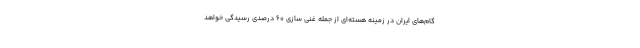
گام‌های ایران در زمینه هسته‌ای از جمله غنی سازی ۶۰ درصدی رسیدگی خواهد